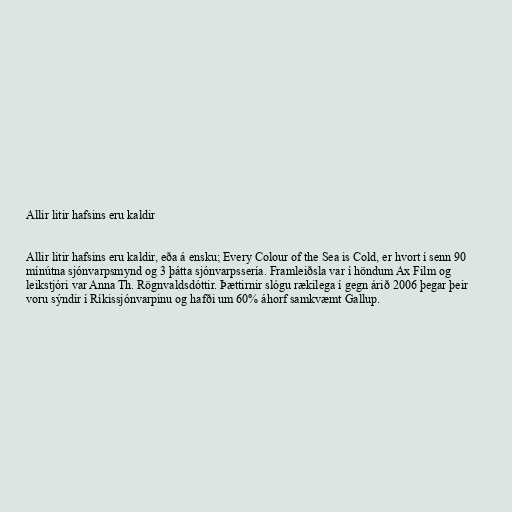
Allir litir hafsins eru kaldir

Allir litir hafsins eru kaldir, eða á ensku; Every Colour of the Sea is Cold, er hvort í senn 90
mínútna sjónvarpsmynd og 3 þátta sjónvarpssería. Framleiðsla var í höndum Ax Film og
leikstjóri var Anna Th. Rögnvaldsdóttir. Þættirnir slógu rækilega í gegn árið 2006 þegar þeir
voru sýndir í Ríkissjónvarpinu og hafði um 60% áhorf samkvæmt Gallup.